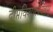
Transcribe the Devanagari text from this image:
दीप्तविशालनेत्रम्